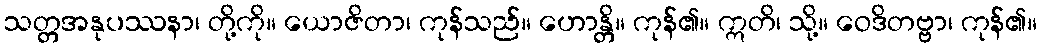
သတ္တအနုပဿနာ၊ တို့ကို။ ယောဇိတာ၊ ကုန်သည်။ ဟောန္တိ။ ကုန်၏။ ဣတိ၊ သို့။ ဝေဒိတဗ္ဗာ၊ ကုန်၏။